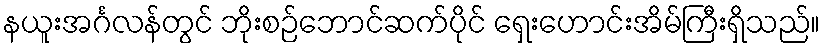
နယူးအင်္ဂလန်တွင် ဘိုးစဉ်ဘောင်ဆက်ပိုင် ရှေးဟောင်းအိမ်ကြီးရှိသည်။